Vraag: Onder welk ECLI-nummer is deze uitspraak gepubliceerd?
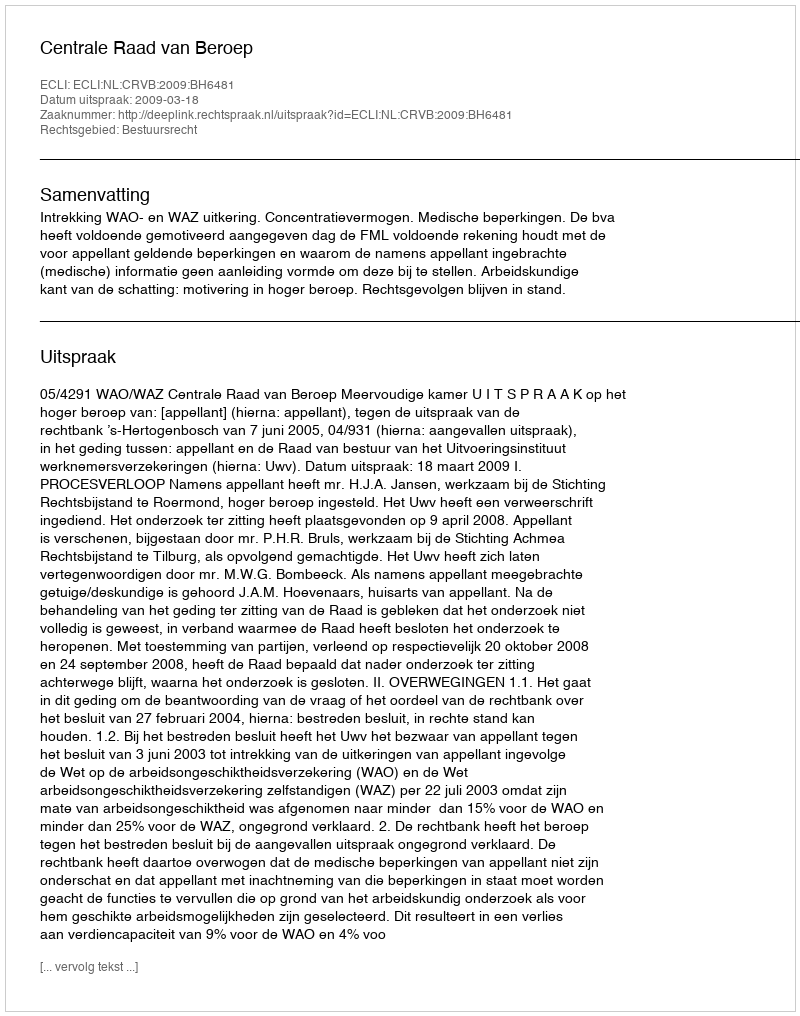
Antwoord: ECLI:NL:CRVB:2009:BH6481